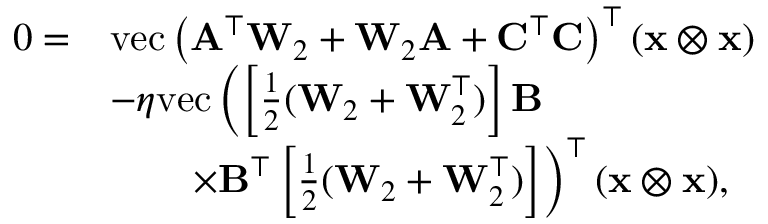
\begin{array} { r l } { 0 = } & { \mathrm { v e c } \left( \mathbf { A } ^ { \top } \mathbf { W } _ { 2 } + \mathbf { W } _ { 2 } \mathbf { A } + \mathbf { C } ^ { \top } \mathbf { C } \right) ^ { \top } ( \mathbf { x } \otimes \mathbf { x } ) } \\ & { - \eta \mathrm { v e c } \left( \left[ \frac { 1 } { 2 } ( \mathbf { W } _ { 2 } + \mathbf { W } _ { 2 } ^ { \top } ) \right] \mathbf { B } \right. } \\ & { \left. \qquad { \times } \mathbf { B } ^ { \top } \left[ \frac { 1 } { 2 } ( \mathbf { W } _ { 2 } + \mathbf { W } _ { 2 } ^ { \top } ) \right] \right) ^ { \top } ( \mathbf { x } \otimes \mathbf { x } ) , } \end{array}